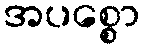
အပစ္စော